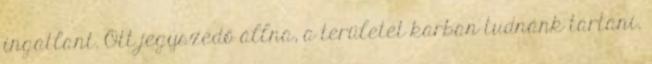
ingatlant. Ott jegyszedő állna, a területet karban tudnánk tartani.